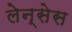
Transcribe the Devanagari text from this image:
लेन्सेस